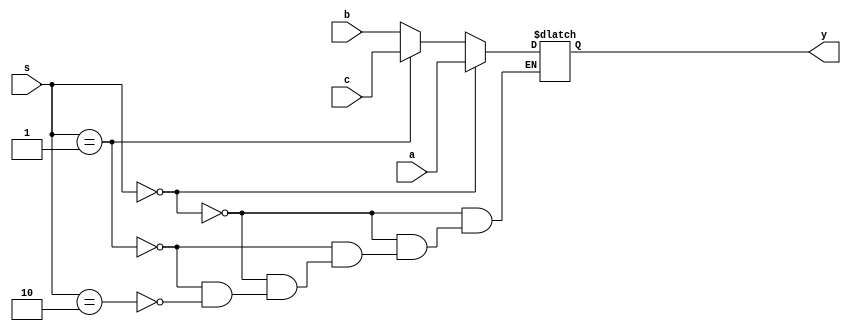
module mux3_32bit(a,b,c,s,y); //32bits 3-to-1 MUX
  input [63:0] a, b, c;
  input [1:0] s;
  output [63:0] y;
  reg [63:0] y;
  
  always@(a,b,c,s) begin
    if(s==2'b00) begin
      y=a;
    end
    else if(s==2'b01) begin
      y=c;
    end
	 else if(s==2'b10) begin
	   y=b;
	 end
  end
  
endmodule